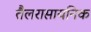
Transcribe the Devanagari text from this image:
तैलरासायनिक